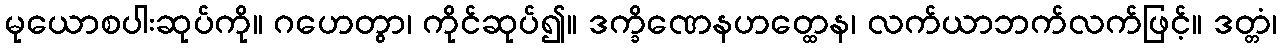
မုယောစပါးဆုပ်ကို။ ဂဟေတွာ၊ ကိုင်ဆုပ်၍။ ဒက္ခိဏေနဟတ္ထေန၊ လက်ယာဘက်လက်ဖြင့်။ ဒတ္တံ၊